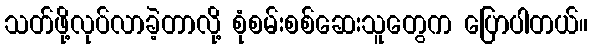
သတ်ဖို့လုပ်လာခဲ့တာလို့ စုံစမ်းစစ်ဆေးသူတွေက ပြောပါတယ်။